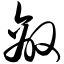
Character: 敌